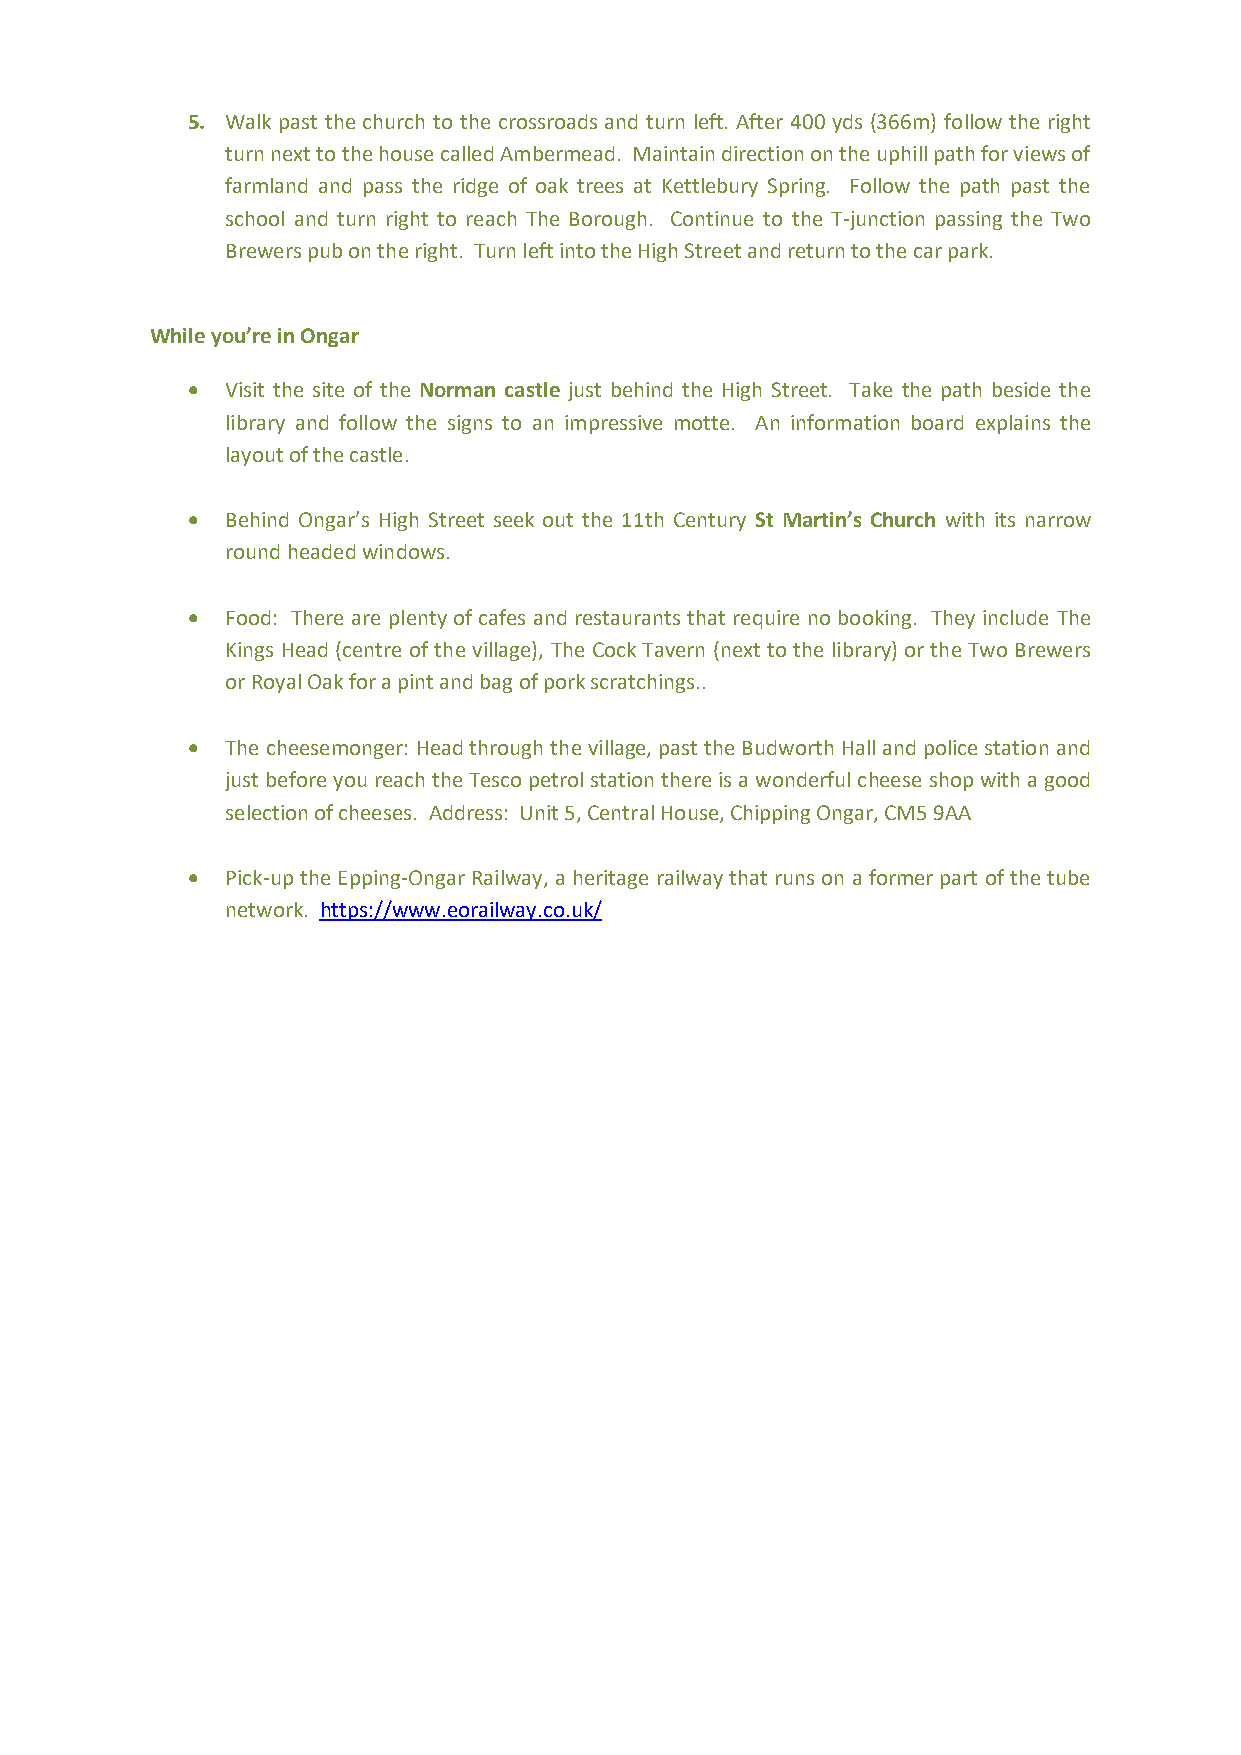
5. Walk past the church to the crossroads and turn left. After 400 yds (366m) follow the right
 turn next to the house called Ambermead. Maintain direction on the uphill path for views of
 farmland and pass the ridge of oak trees at Kettlebury Spring. Follow the path past the
 school and turn right to reach The Borough. Continue to the T-junction passing the Two
 Brewers pub on the right. Turn left into the High Street and return to the car park.
 While you’re in Ongar
 •  Visit the site of the Norman castle just behind the High Street. Take the path beside the
 library and follow the signs to an impressive motte. An information board explains the
 layout of the castle.
 •  Behind Ongar’s High Street seek out the 11th Century St Martin’s Church with its narrow
 round headed windows.
 •  Food: There are plenty of cafes and restaurants that require no booking. They include The
 Kings Head (centre of the village), The Cock Tavern (next to the library) or the Two Brewers
 or Royal Oak for a pint and bag of pork scratchings..
 •  The cheesemonger: Head through the village, past the Budworth Hall and police station and
 just before you reach the Tesco petrol station there is a wonderful cheese shop with a good
 selection of cheeses. Address: Unit 5, Central House, Chipping Ongar, CM5 9AA
 •  Pick-up the Epping-Ongar Railway, a heritage railway that runs on a former part of the tube
 network. https://www.eorailway.co.uk/